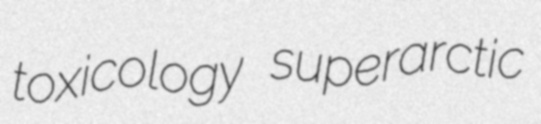
toxicology superarctic